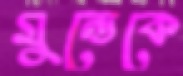
মুন্ডেকে